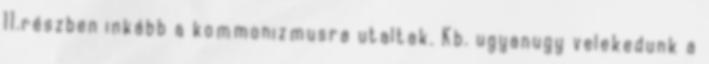
11.részben inkább a kommonizmusra utaltak. Kb. ugyanugy velekedunk a